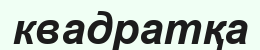
квадратқа